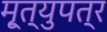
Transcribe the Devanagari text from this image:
मृ्त्युपत्र